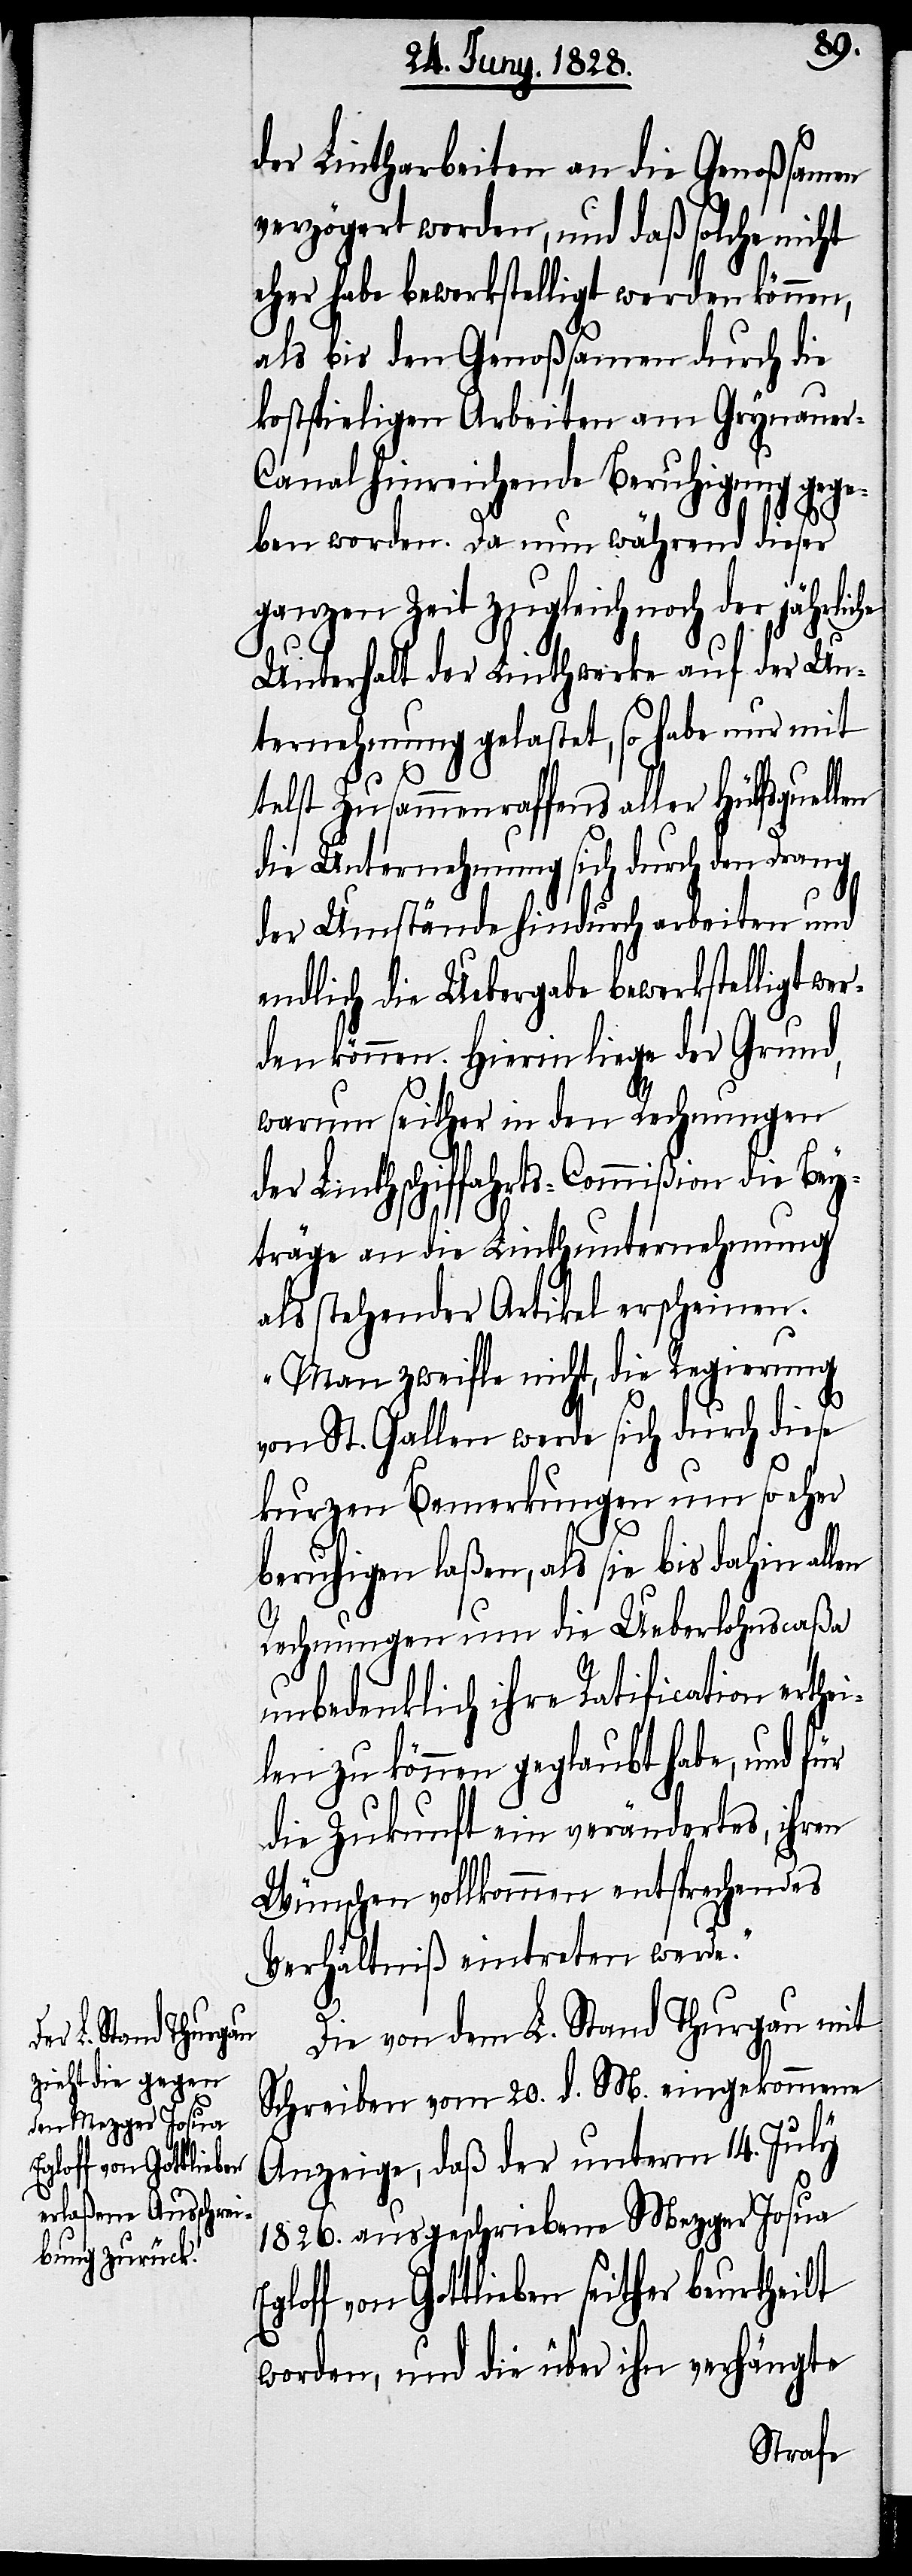
der Lintharbeiten an die Genoßsamen
verzögert worden, und daß solche nicht
eher habe bewerkstelligt werden können,
als bis den Genoßsamen durch die
kostspieligen Arbeiten am Grynauer-C¬
anal hinreichende Beruhigung gege¬
ben worden. Da nun während dieser
ganzen Zeit zugleich noch der jährliche
Unterhalt der Linthwerke auf der Un¬
ternehmung gelastet, so habe nur mit¬
telst Zusammenraffens aller Hülfsquellen
die Unternehmung sich durch den Drang
E¬
der Umstände hindurch arbeiten und
endlich die Uebergabe bewerkstelligt we¬
rden können. Hierin liege der Grund,
warum seither in den Rechnungen
der Linthschiffahrts-Commißion die Bey¬
träge an die Linthunternehmung
als stehender Artikel erscheinen.
Man zweifle nicht, die Regierung
von St. Gallen werde sich durch diese
kurzen Bemerkungen um so eher
beruhigen laßen, als sie bis dahin all¬
Rechnungen um die Ueberlohnscaßa
unbedenklich ihre Ratification erthe¬
ilen zu können geglaubt habe, und für
die Zukunft ein verändertes, ihren
Wünschen vollkommen entsprechendes
Verhältniß eintreten werde.“
Die von dem L. Stand Thurgau mit
Schreiben vom 20. d. M. eingekommene
Anzeige, daß der unterm 14. July
1826. ausgeschriebene Mezger Josua
gloff von Gottlieben seither beurtheilt
worden, und die über ihn verhängte